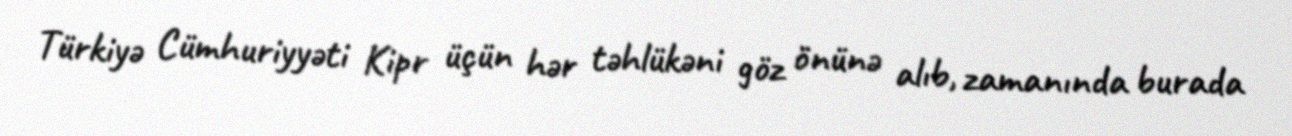
Türkiyə Cümhuriyyəti Kipr üçün hər təhlükəni göz önünə alıb, zamanında burada